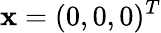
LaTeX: \mathbf{x}=(0,0,0)^{T}